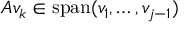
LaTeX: A v _ { k } \in \operatorname { s p a n } ( v _ { 1 } , \ldots , v _ { j - 1 } )